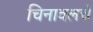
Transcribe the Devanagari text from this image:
चिनावलचे